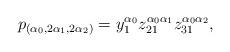
LaTeX: \begin{align*} p_{(\alpha_0, 2 \alpha_1, 2 \alpha_2)} = y_1^{\alpha_0} z_{21}^{\alpha_0 \alpha_1} z_{31}^{\alpha_0 \alpha_2},\end{align*}